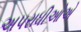
અપરાધીઓએ